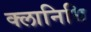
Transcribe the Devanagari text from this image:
क्लानिधि